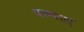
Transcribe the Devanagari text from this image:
परम्पराएॅ